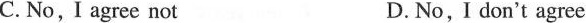
C. No, I agree not D.No,I don't agree